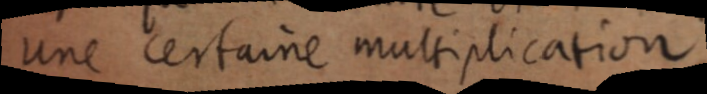
une certaine multiplication